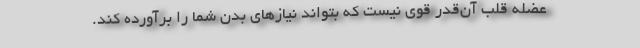
عضله قلب آن‌قدر قوی نیست که بتواند نیاز‌های بدن شما را برآورده کند.